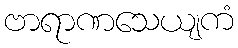
ဗာရာဏသေယျကံ